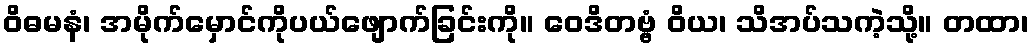
ဝိဓမနံ၊ အမိုက်မှောင်ကိုပယ်ဖျောက်ခြင်းကို။ ဝေဒိတဗ္ဗံ ဝိယ၊ သိအပ်သကဲ့သို့။ တထာ၊